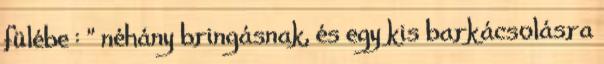
fülébe : " néhány bringásnak, és egy kis barkácsolásra